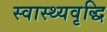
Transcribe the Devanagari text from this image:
स्वास्थ्यवृद्धि